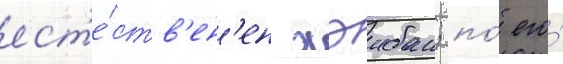
ест'е́ств'ен'ен хэибан; по́ его́